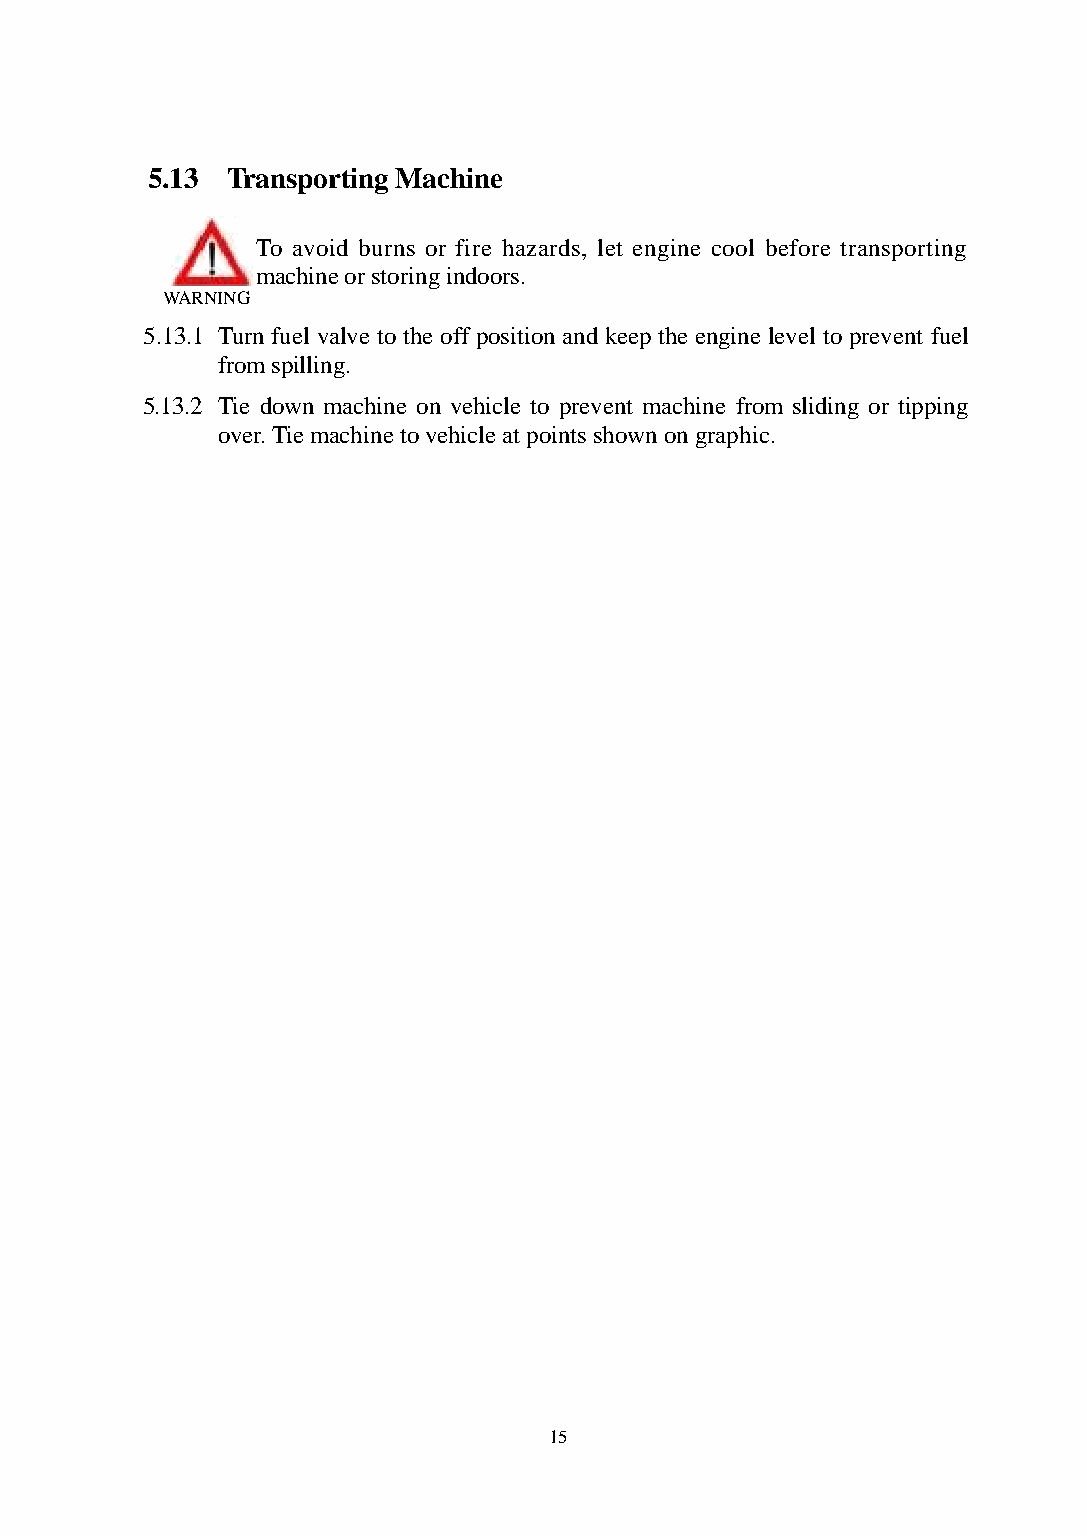
5.13 Transporting Machine
 To avoid burns or fire hazards, let engine cool before transporting
 machine or storing indoors.
 WARNING
 5.13.1 Turn fuel valve to the off position and keep the engine level to prevent fuel
 from spilling.
 5.13.2 Tie down machine on vehicle to prevent machine from sliding or tipping
 over. Tie machine to vehicle at points shown on graphic.
 15